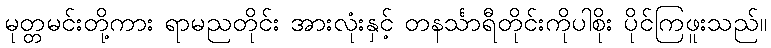
မုတ္တမင်းတို့ကား ရာမညတိုင်း အားလုံးနှင့် တနင်္သာရီတိုင်းကိုပါစိုး ပိုင်ကြဖူးသည်။